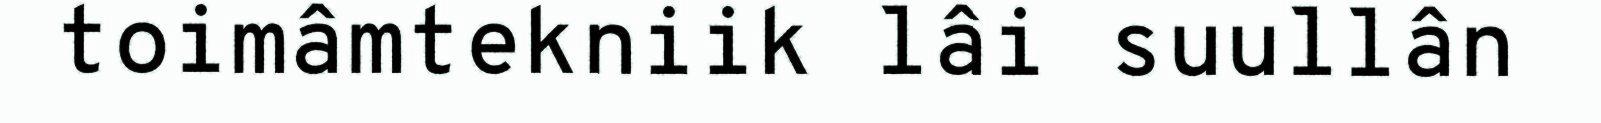
toimâmtekniik lâi suullân